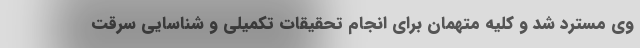
وی مسترد شد و کلیه متهمان برای انجام تحقیقات تکمیلی و شناسایی سرقت